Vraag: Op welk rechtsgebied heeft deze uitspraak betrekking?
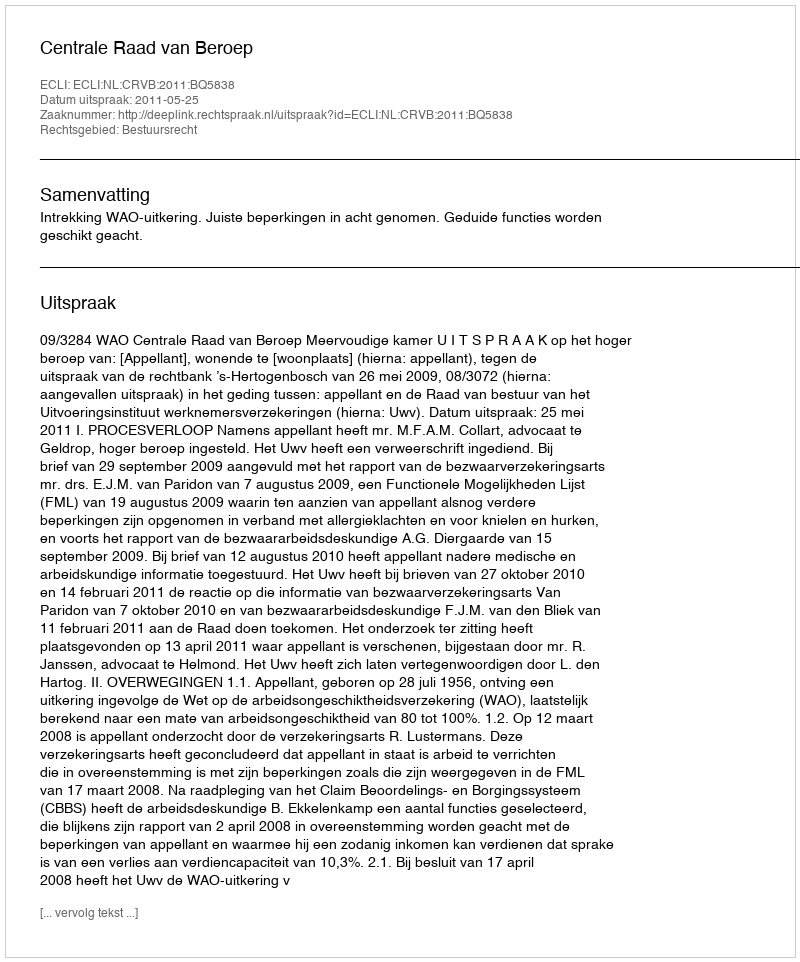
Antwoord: Bestuursrecht